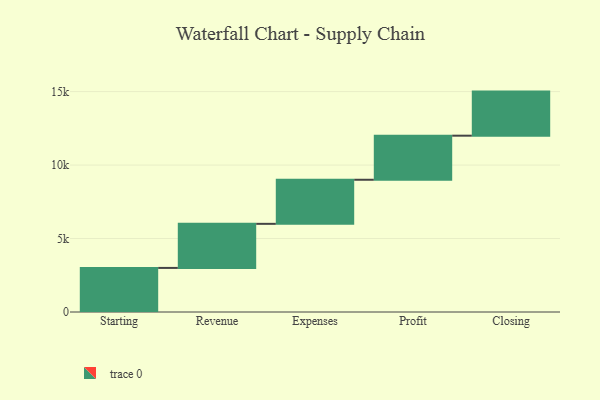
{"axis": {"x": "Step", "y": "Value"}, "legend": [""], "data": [{"x": "Starting", "y": 3000, "type": ""}, {"x": "Revenue", "y": 3000, "type": ""}, {"x": "Expenses", "y": 3000, "type": ""}, {"x": "Profit", "y": 3000, "type": ""}, {"x": "Closing", "y": 3000, "type": ""}]}